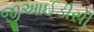
જીઆઈડીસી